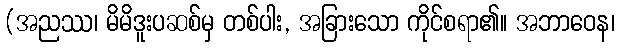
(အညဿ၊ မိမိဒူးပဆစ်မှ တစ်ပါး, အခြားသော ကိုင်စရာ၏။ အဘာဝေန၊